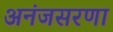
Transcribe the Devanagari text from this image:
अनंजसरणा